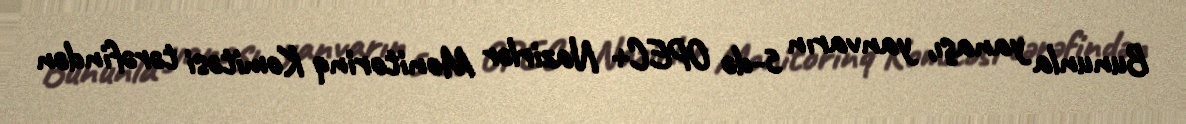
Bununla yanaşı, yanvarın 5-də OPEC+ Nazirlər Monitorinq Komitəsi tərəfindən